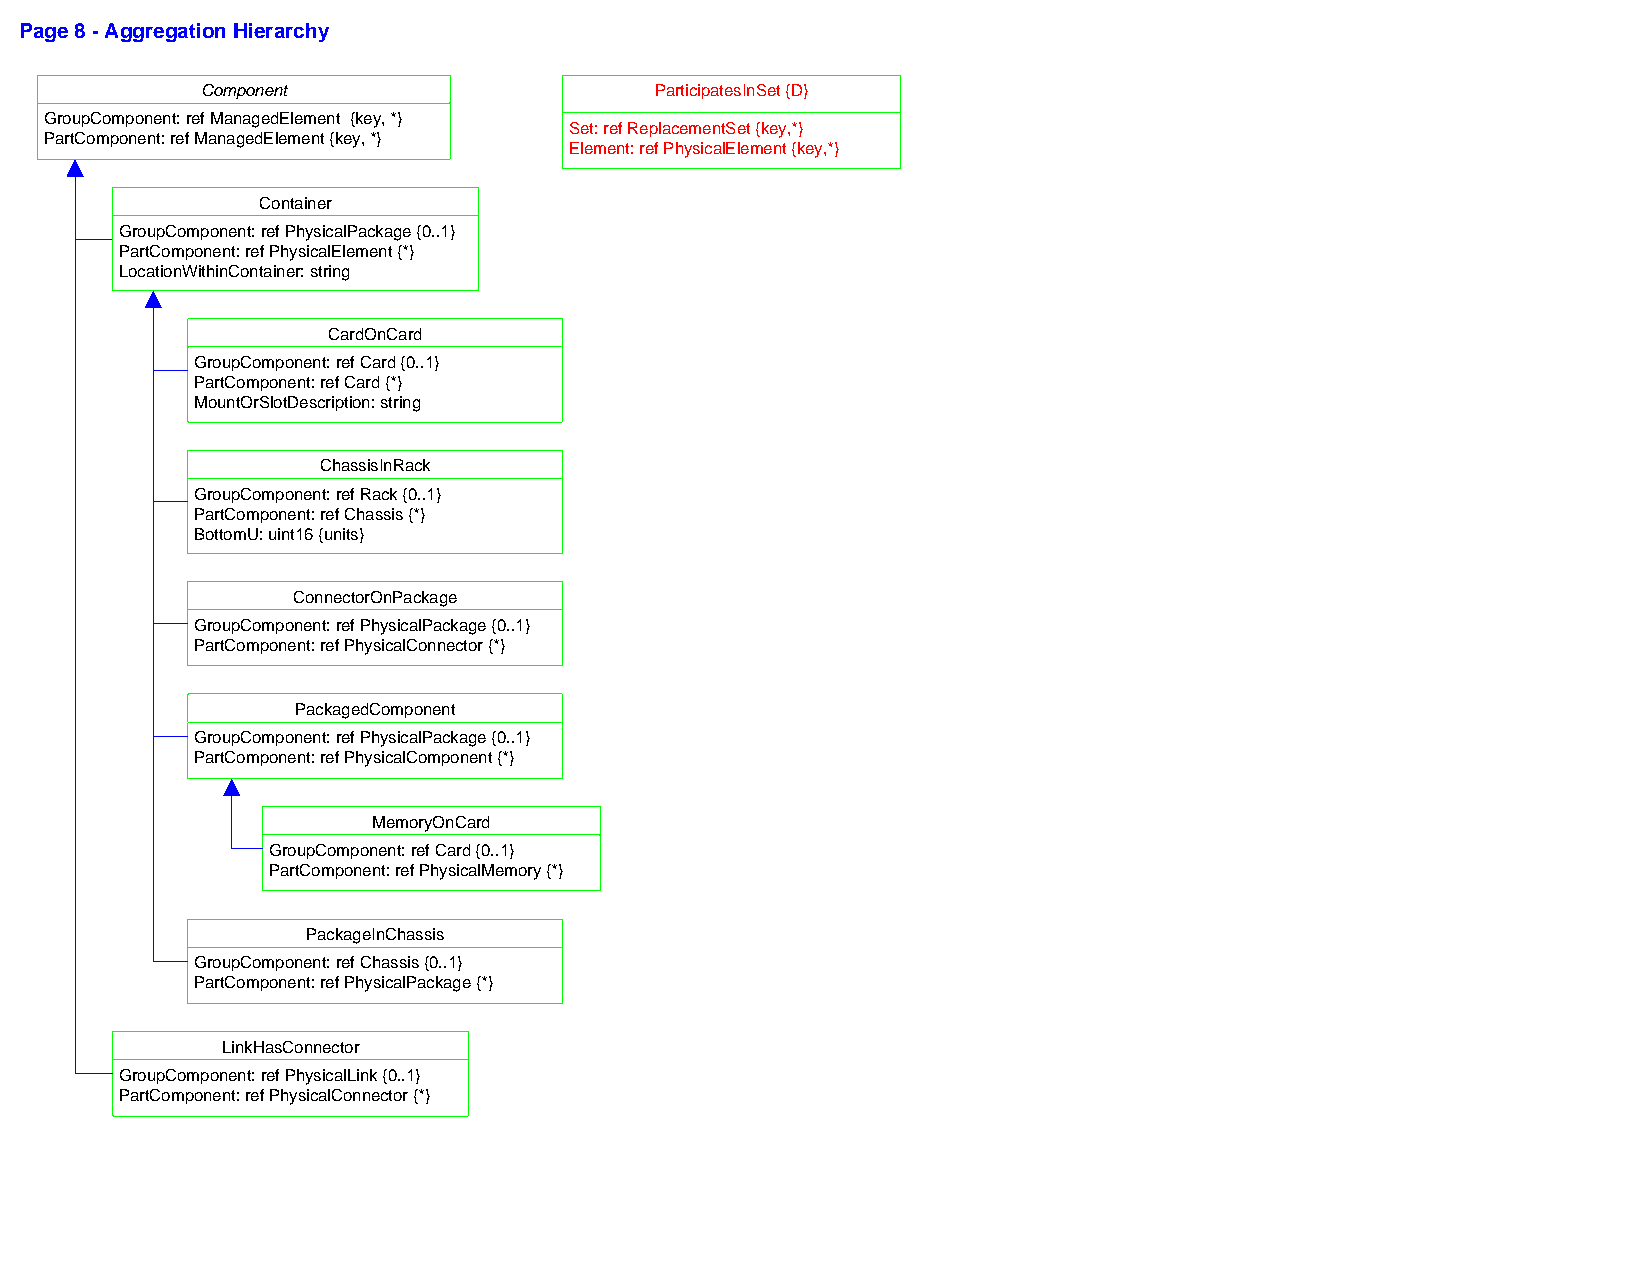
Page 8 - Aggregation Hierarchy
 Component                     ParticipatesInSet {D}
 GroupComponent: ref ManagedElement {key, *}
 Set: ref ReplacementSet {key,*}
 PartComponent: ref ManagedElement {key, *}
 Element: ref PhysicalElement {key,*}
 Container
 GroupComponent: ref PhysicalPackage {0..1}
 PartComponent: ref PhysicalElement {*}
 LocationWithinContainer: string
 CardOnCard
 GroupComponent: ref Card {0..1}
 PartComponent: ref Card {*}
 MountOrSlotDescription: string
 ChassisInRack
 GroupComponent: ref Rack {0..1}
 PartComponent: ref Chassis {*}
 BottomU: uint16 {units}
 ConnectorOnPackage
 GroupComponent: ref PhysicalPackage {0..1}
 PartComponent: ref PhysicalConnector {*}
 PackagedComponent
 GroupComponent: ref PhysicalPackage {0..1}
 PartComponent: ref PhysicalComponent {*}
 MemoryOnCard
 GroupComponent: ref Card {0..1}
 PartComponent: ref PhysicalMemory {*}
 PackageInChassis
 GroupComponent: ref Chassis {0..1}
 PartComponent: ref PhysicalPackage {*}
 LinkHasConnector
 GroupComponent: ref PhysicalLink {0..1}
 PartComponent: ref PhysicalConnector {*}